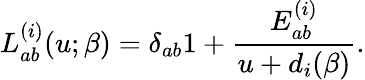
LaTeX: L_{ab}^{(i)}(u;\beta)=\delta_{ab}1+\frac{E_{ab}^{(i)}}{u+d_{i}(\beta)}.